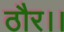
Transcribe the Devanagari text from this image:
ठौर।।